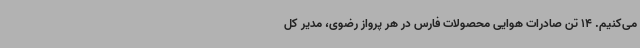
می‌کنیم. 14 تن صادرات هوایی محصولات فارس در هر پرواز رضوی، مدیر کل